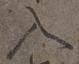
入